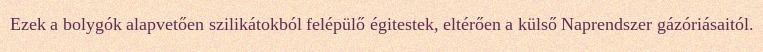
Ezek a bolygók alapvetően szilikátokból felépülő égitestek, eltérően a külső Naprendszer gázóriásaitól.